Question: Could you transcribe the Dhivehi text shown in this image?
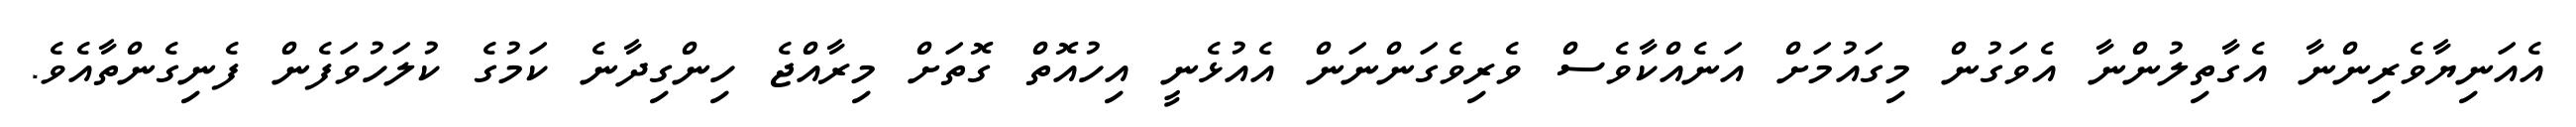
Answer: އެއަނިޔާވެރިންނާ އެގާތިލުންނާ އެވަގުން މިގައުމަށް އަނެއްކާވެސް ވެރިވެގަންނަން އެއުޅެނީ އިހުއޮތް ގޮތަށް މިރާއްޖެ ހިންގިދާނެ ކަމުގެ ކުލަހުވަފެން ފެނިގެންތާއެވެ.